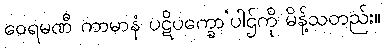
ဝေရမဏီ ကာမာနံ ပဋိပက္ခော’ပါဌ်ကို မိန့်သတည်း။